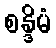
စန္ဒိမံ